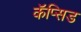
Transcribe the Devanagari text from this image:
कॅप्सिड